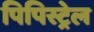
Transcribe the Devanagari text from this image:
पिपिस्ट्रेल